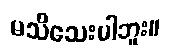
မသိသေးပါဘူး။